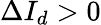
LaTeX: \Delta I_{d}>0